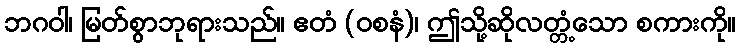
ဘဂဝါ၊ မြတ်စွာဘုရားသည်။ ဧတံ (ဝစနံ)၊ ဤသို့ဆိုလတ္တံ့သော စကားကို။